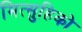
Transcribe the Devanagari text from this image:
मित्सुहिको